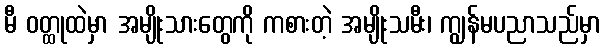
မီ ဝတ္ထုထဲမှာ အမျိုးသားတွေကို ကစားတဲ့ အမျိုးသမီး၊ ကျွန်မပညာသည်မှာ